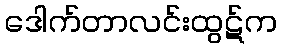
ဒေါက်တာလင်းထွဋ်က